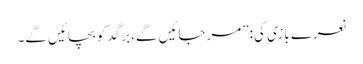
نعرے بازی کی:”مرجائیں گے،برگد کو بچائیں گے۔